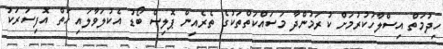
ހިދުމަތް އިސްލާހުކުރުމަށް ކުރަމުންދާ މަސައްކަތްތަކުގެ ތެރެއިން ޕޮލިސް ބޯޑު އެކުލަވާލައި ހަތް އޮފިސަރަކު